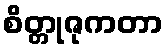
စိတ္တုဇုကတာ